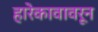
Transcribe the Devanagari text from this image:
हारेकावावरून